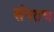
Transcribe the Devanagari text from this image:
संपतच